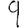
Digit: 9